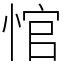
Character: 悺